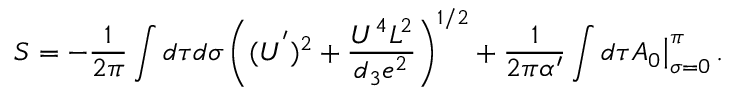
S = - { \frac { 1 } { 2 \pi } } \int d \tau d \sigma \left( ( U ^ { ' } ) ^ { 2 } + \frac { U ^ { 4 } L ^ { 2 } } { d _ { 3 } e ^ { 2 } } \right) ^ { 1 / 2 } + { \frac { 1 } { 2 \pi \alpha ^ { \prime } } } \int d \tau A _ { 0 } \big \vert _ { \sigma = 0 } ^ { \pi } \, .